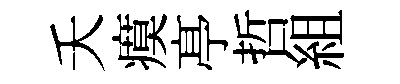
夭瘼𠅘哲組